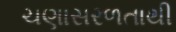
ચણાસરળતાથી